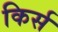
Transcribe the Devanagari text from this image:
किर्स